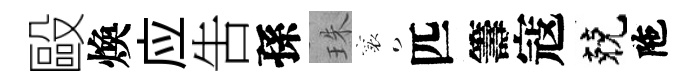
毆煥应吿孫珠襄匹籌寇兢陁